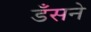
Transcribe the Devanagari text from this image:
डँसने